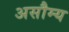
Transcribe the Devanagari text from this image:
असौम्य